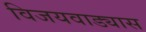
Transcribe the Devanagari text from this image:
विजयवाड्यास